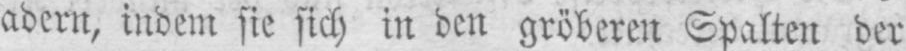
adern, indem sie sich in den gröberen Spalten der